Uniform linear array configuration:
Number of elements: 4
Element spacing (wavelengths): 0.5
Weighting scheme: hamming
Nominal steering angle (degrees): -60
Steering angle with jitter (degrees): -61.764
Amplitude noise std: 0.05
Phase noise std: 0.05

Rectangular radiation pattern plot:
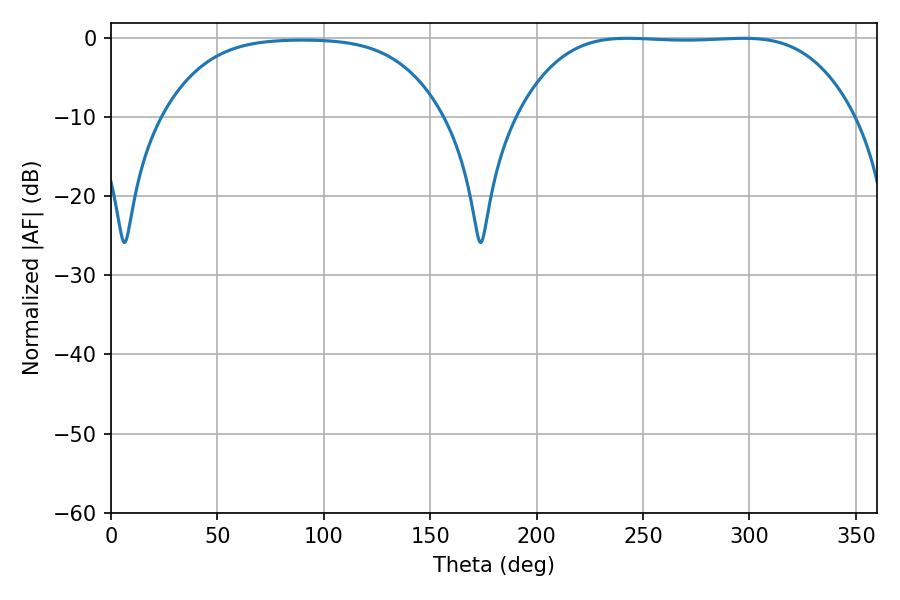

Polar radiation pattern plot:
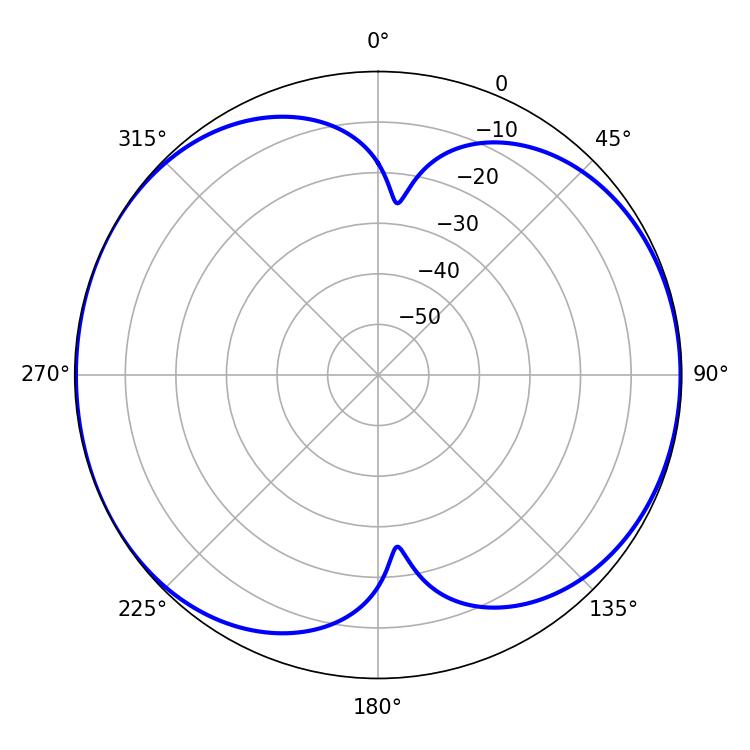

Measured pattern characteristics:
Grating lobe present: FALSE
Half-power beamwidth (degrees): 121.68
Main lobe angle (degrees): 242.64